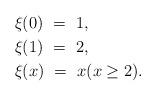
LaTeX: \begin{align*}&\xi(0) \ = \ 1, \\&\xi(1) \ = \ 2, \\&\xi(x) \ = \ x (x \geq 2).\end{align*}